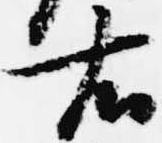
右